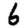
Digit: 6